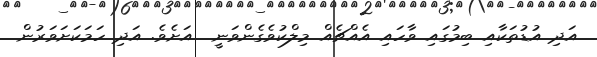
އަދި އުޑުތަކާއި ބިމުގައި ވާހައި އެއްޗެއް މިލްކުވެގެންވަނީ  އަށެވެ. އަދި ހަމަކަށަވަރުން